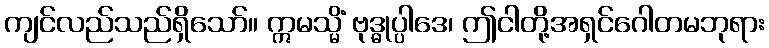
ကျင်လည်သည်ရှိသော်။ ဣမသ္မိံ ဗုဒ္ဓုပ္ပါဒေ၊ ဤငါတို့အရှင်ဂေါတမဘုရား